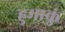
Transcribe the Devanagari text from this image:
हुमाकुं